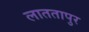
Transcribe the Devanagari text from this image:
लाततापुर